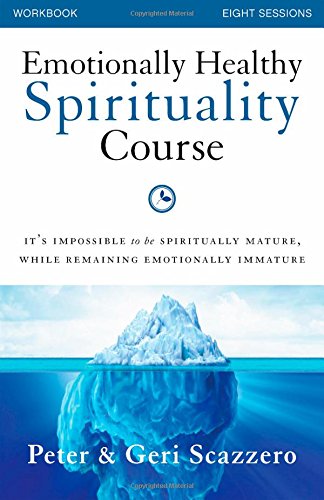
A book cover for Emotionally Healthy Spirituality Course Workbook: It's impossible to be spiritually mature, while remaining emotionally immature; Peter Scazzero; Christian Books & Bibles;